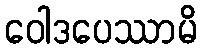
ဝေါဒပေဿာမိ